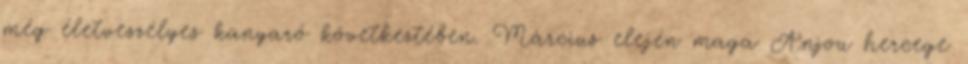
még életveszélyes kanyaró következtében. Március elején maga Anjou hercege